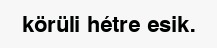
körüli hétre esik.